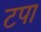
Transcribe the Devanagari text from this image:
टपा